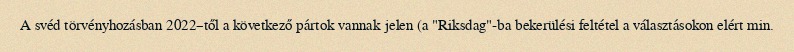
A svéd törvényhozásban 2022–től a következő pártok vannak jelen (a "Riksdag"-ba bekerülési feltétel a választásokon elért min.